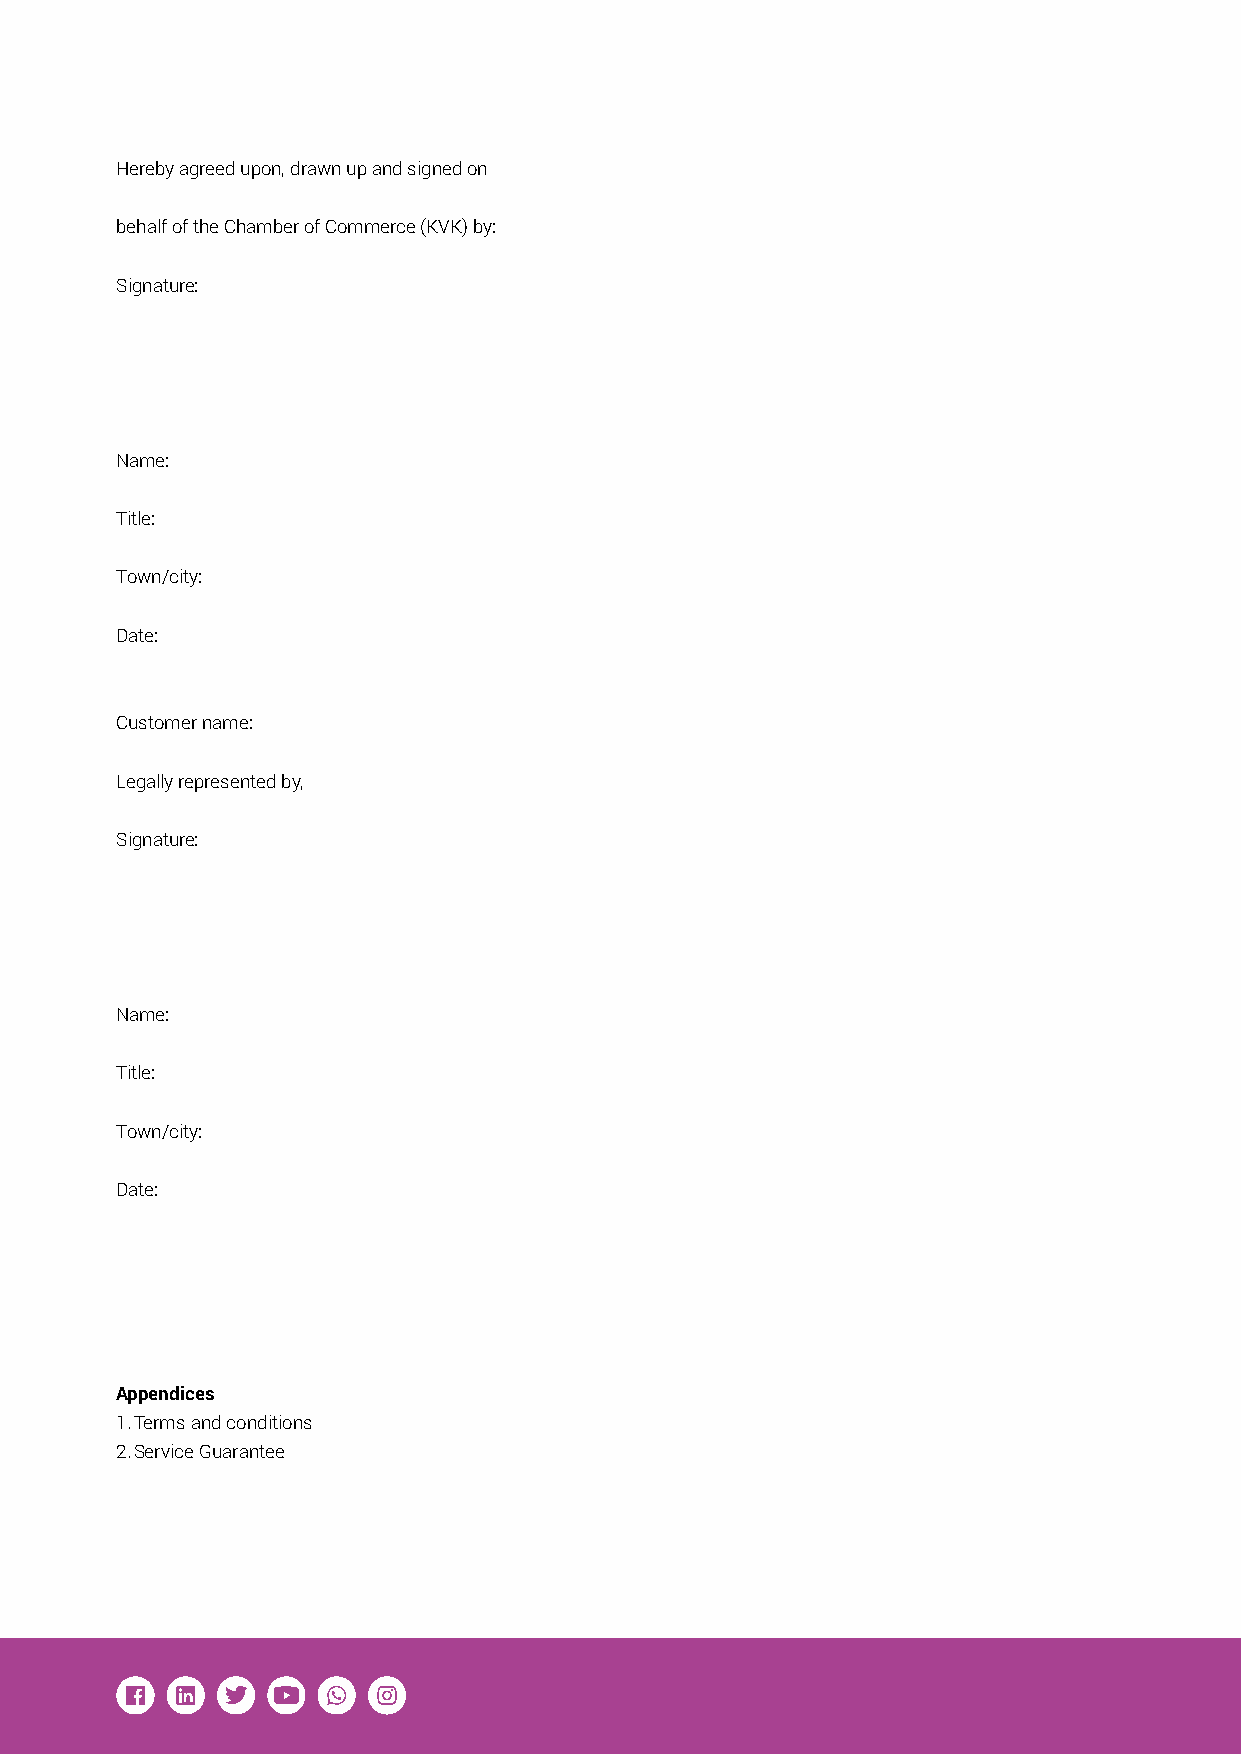
Hereby agreed upon, drawn up and signed on
 behalf of the Chamber of Commerce (KVK) by:
 Signature:
 Name:
 Title:
 Town/city:
 Date:
 Customer name:
 Legally represented by,
 Signature:
 Name:
 Title:
 Town/city:
 Date:
 Appendices
 1. Terms and conditions
 2. Service Guarantee